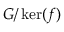
G / \ker ( f )